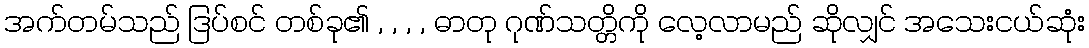
အက်တမ်သည် ဒြပ်စင် တစ်ခု၏ , , , , ဓာတု ဂုဏ်သတ္တိကို လေ့လာမည် ဆိုလျှင် အသေးငယ်ဆုံး